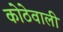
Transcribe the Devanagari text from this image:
कोठेवाली